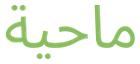
ماحية